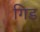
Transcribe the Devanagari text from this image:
गिड